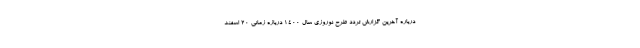
درباره آخرین گزارش تردد طرح نوروزی سال ۱۴۰۰ دربازه زمانی ۲۰ اسفند